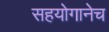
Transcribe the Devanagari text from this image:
सहयोगानेच